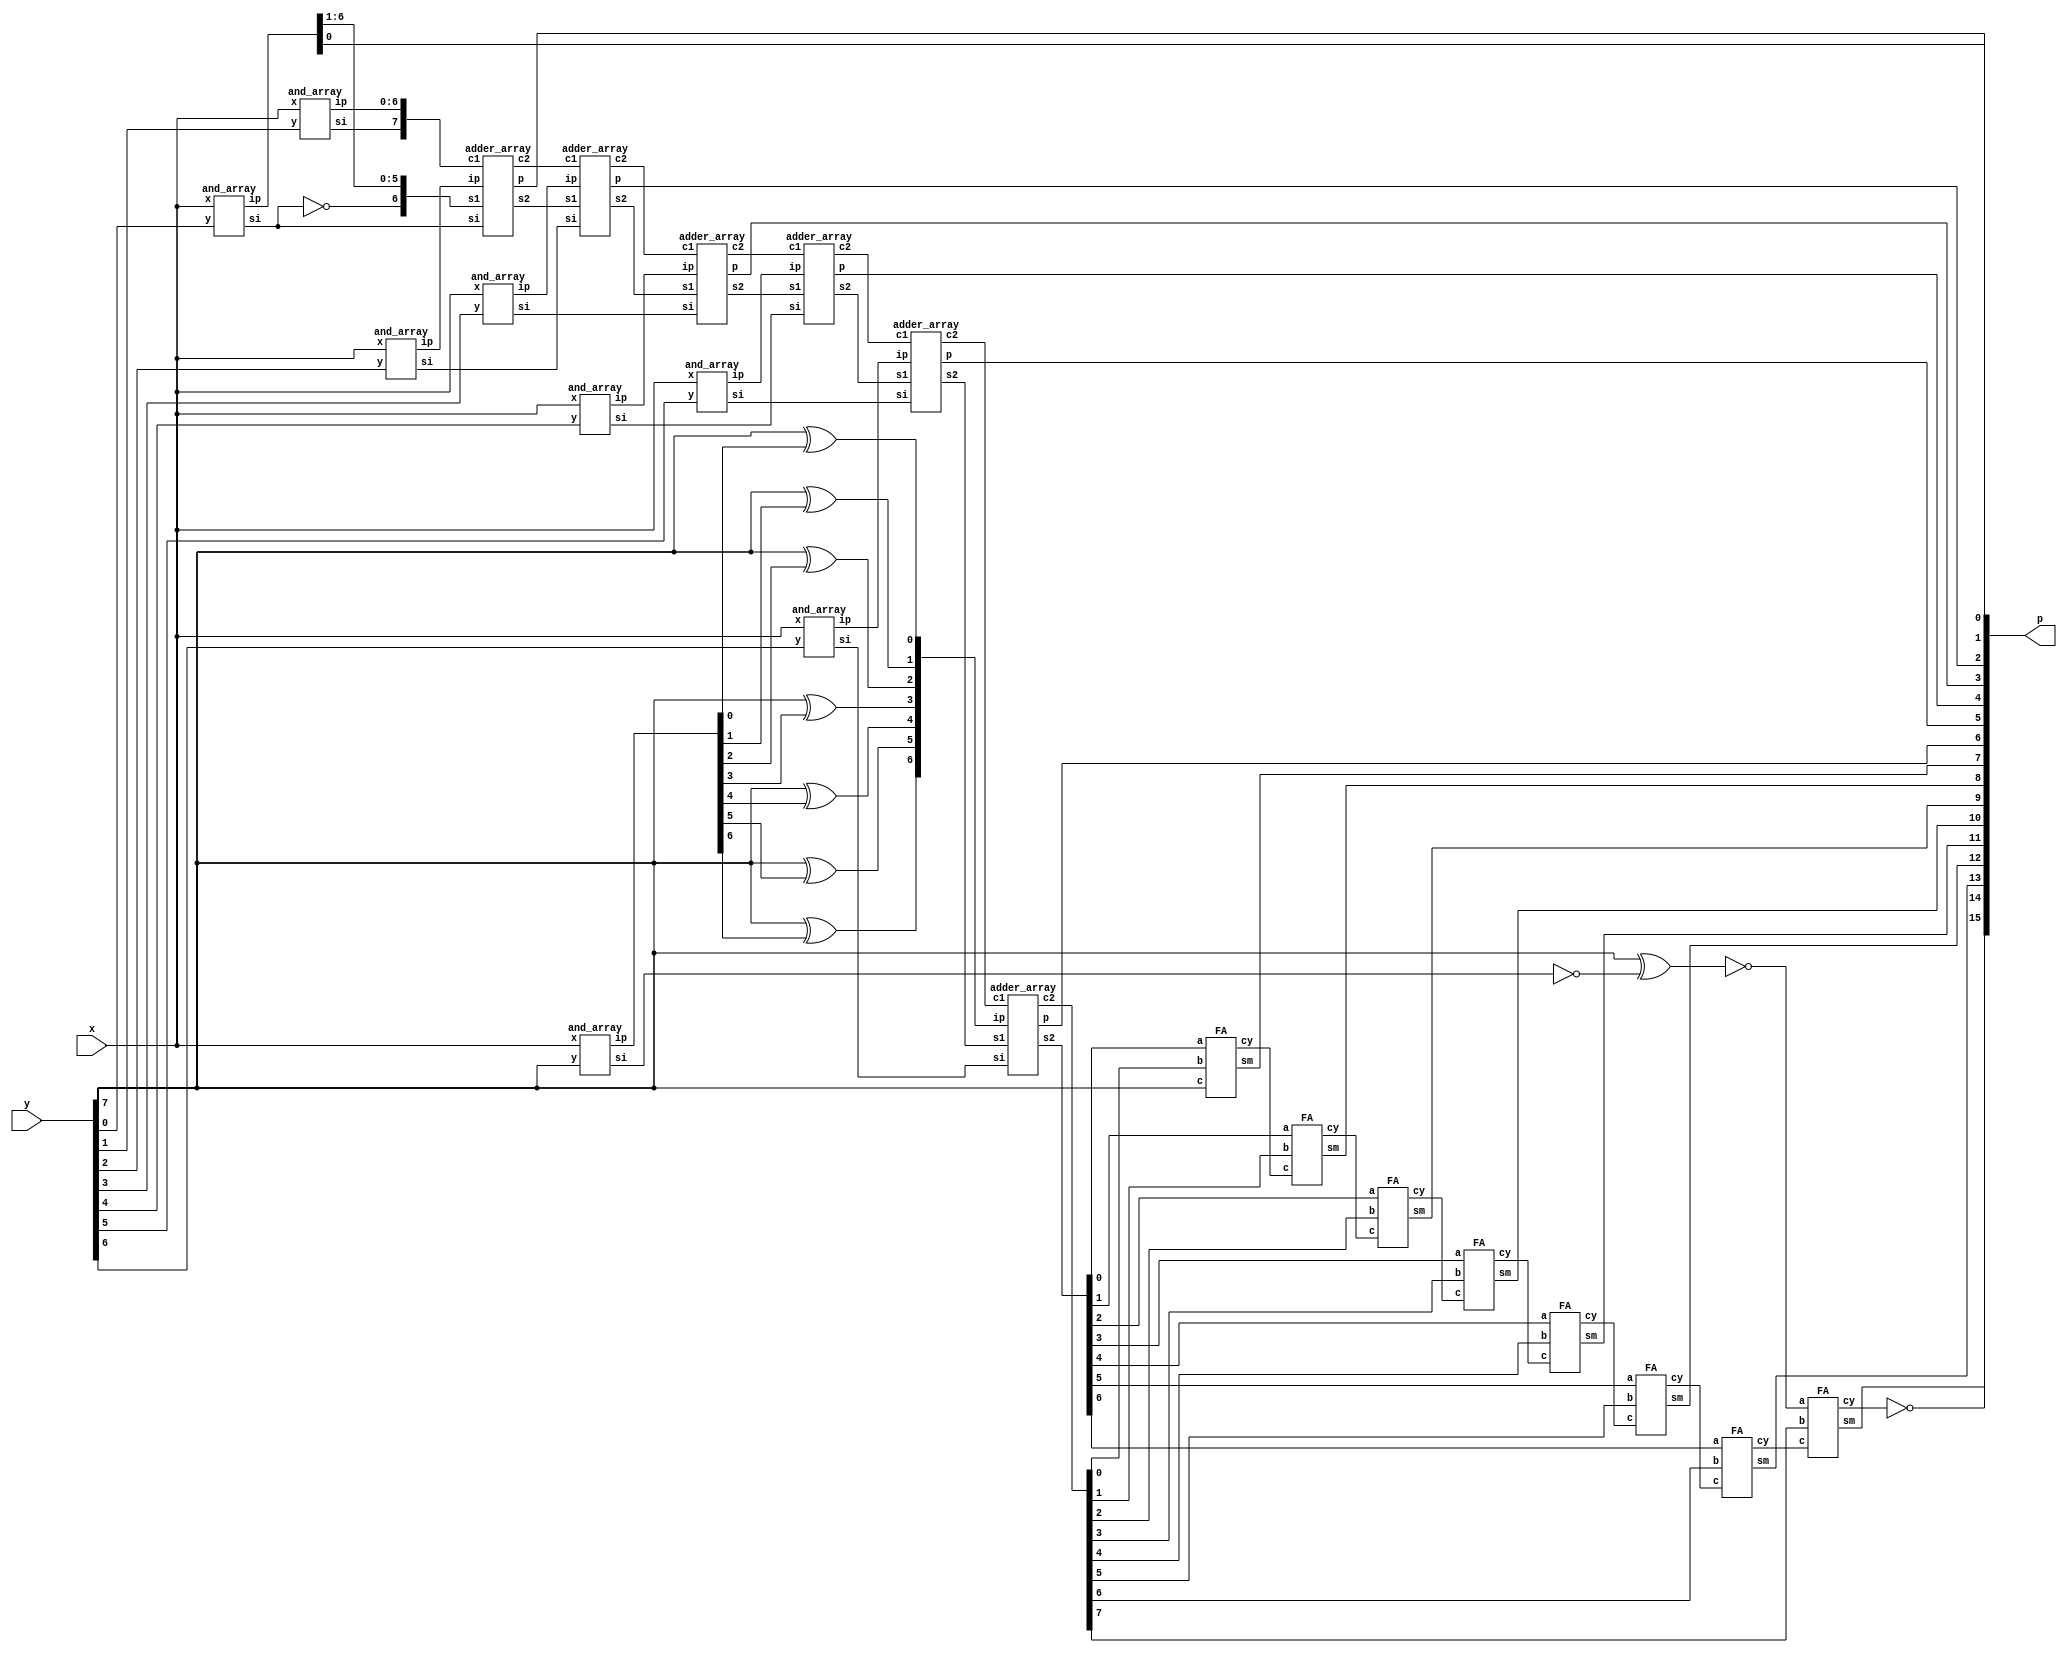
module multiply_8x8(x,y,p);
input [7:0] x,y;
  
output [15:0] p;

wire [6:0] ip0,ip1,ip2,ip3,ip4,ip5,ip6,ip7;
wire [7:0] si,iip;
wire [6:0] s1,s2,s3,s4,s5,s6;
wire [7:0] c1,c2,c3,c4,c5,c6,c7;
//wire c;
  
// first AND array
and_array I0(y[0], x, {ip0[5:0],p[0]}, si[0]);
not I1(ip0[6],si[0]);

// second AND array and NOT GATES
and_array I2(y[1], x, ip1, si[1]);

//third
and_array I3(y[2], x, ip2, si[2]);

//fourth
and_array I4(y[3], x, ip3, si[3]);

//fifth
and_array I5(y[4], x, ip4, si[4]);

//sixth
and_array I6(y[5], x, ip5, si[5]);

//seventh
and_array I7(y[6], x, ip6, si[6]);

//eight
wire niip7;
and_array I8(y[7], x, iip[6:0], niip7);
not I9(iip[7], niip7);

xor I10(ip7[0],y[7],iip[0]);
xor I11(ip7[1],y[7],iip[1]);
xor I12(ip7[2],y[7],iip[2]);
xor I13(ip7[3],y[7],iip[3]);
xor I14(ip7[4],y[7],iip[4]);
xor I15(ip7[5],y[7],iip[5]);
xor I16(ip7[6],y[7],iip[6]);
xnor I17(si[7],y[7],iip[7]);

  
//first adder array
adder_array I18(si[0], ip0, {si[1],ip1}, ip2, s1, c1, p[1]);

//second adder array
adder_array I19(si[2], s1, c1, ip3, s2, c2, p[2]);

//third adder
adder_array I20(si[3], s2, c2, ip4, s3, c3, p[3]);

//fourth adder
adder_array I21(si[4], s3, c3, ip5, s4, c4, p[4]);

//fifth adder
adder_array I22(si[5], s4, c4, ip6, s5, c5, p[5]);

//sixth adder
adder_array I23(si[6], s5, c5, ip7, s6, c6, p[6]);

  
//seventh adder
FA I24(s6[0],c6[0],y[7],c7[0],p[7]);
FA I25(s6[1],c6[1],c7[0],c7[1],p[8]);
FA I26(s6[2],c6[2],c7[1],c7[2],p[9]);
FA I27(s6[3],c6[3],c7[2],c7[3],p[10]);
FA I28(s6[4],c6[4],c7[3],c7[4],p[11]);
FA I29(s6[5],c6[5],c7[4],c7[5],p[12]);
FA I30(s6[6],c6[6],c7[5],c7[6],p[13]);
FA I31(si[7],c6[7],c7[6],c7[7],p[14]);
//HA I32(c7[7],1'b1,c,p[15]);
xor I32(p[15],1'b1,c7[7]);

endmodule

module HA(a,b,c,s);
input a,b;
  
output c,s;

and I0(c,a,b);
xor I1(s,a,b);
endmodule

module FA(a,b,c,cy,sm);
input a,b,c;
  
output cy,sm;
  
wire x,y,z;
  
HA I0(a,b,x,z);
HA I1(z,c,y,sm);
or I2(cy,x,y);
endmodule

module and_array(y, x, ip, si);
input y;
input [7:0] x;
  
output [6:0] ip;
output si;
  
and I0(ip[0],y,x[0]);
and I1(ip[1],y,x[1]);
and I2(ip[2],y,x[2]);
and I3(ip[3],y,x[3]);
and I4(ip[4],y,x[4]);
and I5(ip[5],y,x[5]);
and I6(ip[6],y,x[6]);
nand I7(si,  y,x[7]);
endmodule

module adder_array(si, s1, c1, ip, s2, c2, p);
input si;
input [6:0] s1;
input [7:0] c1;
input [6:0] ip;

output [6:0] s2;
output [7:0] c2;
output p;

HA I0(s1[0],c1[0],      c2[0],p);
FA I1(s1[1],c1[1],ip[0],c2[1],s2[0]);
FA I2(s1[2],c1[2],ip[1],c2[2],s2[1]);
FA I3(s1[3],c1[3],ip[2],c2[3],s2[2]);
FA I4(s1[4],c1[4],ip[3],c2[4],s2[3]);
FA I5(s1[5],c1[5],ip[4],c2[5],s2[4]);
FA I6(s1[6],c1[6],ip[5],c2[6],s2[5]);
FA I7(si,   c1[7],ip[6],c2[7],s2[6]);
endmodule

/*
module MUX(i0,i1,s,o);
input i0,i1,s;
output o;
wire t,p,q;
and a1(t,s,i1);
not n0(p,s);
and a2(q,p,i0);
or a3(o,t,q);
endmodule

module FAd(a,b,c,cy,sm);  
input a,b,c;
output cy,sm;
wire x,y;
xor x1(x,a,b);
xnor x2(y,a,b);
MUX m1(x,y,c,sm);
MUX m2(a,c,x,cy);
endmodule
*/